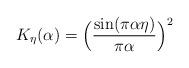
LaTeX: \begin{align*}K_{\eta}(\alpha)=\Bigl(\frac{\sin(\pi\alpha\eta)}{\pi\alpha}\Bigr)^2\end{align*}